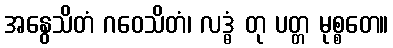
အနွေသိတံ ဂဝေသိတံ၊ လဒ္ဓံ တု ပတ္တ မုစ္စတေ။